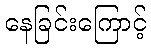
နေခြင်းကြောင့်